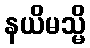
နယိမသ္မိ